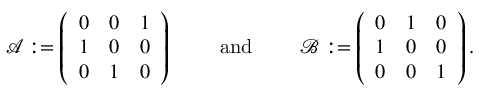
\begin{array} { r } { \mathcal { A } : = \left( \begin{array} { l l l } { 0 } & { 0 } & { 1 } \\ { 1 } & { 0 } & { 0 } \\ { 0 } & { 1 } & { 0 } \end{array} \right) \qquad \mathrm { ~ a n d ~ } \qquad \mathcal { B } : = \left( \begin{array} { l l l } { 0 } & { 1 } & { 0 } \\ { 1 } & { 0 } & { 0 } \\ { 0 } & { 0 } & { 1 } \end{array} \right) . } \end{array}